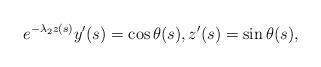
LaTeX: \begin{align*}e^{-\lambda_2 z(s)} y'(s) = \cos \theta(s), z'(s)=\sin\theta(s),\end{align*}